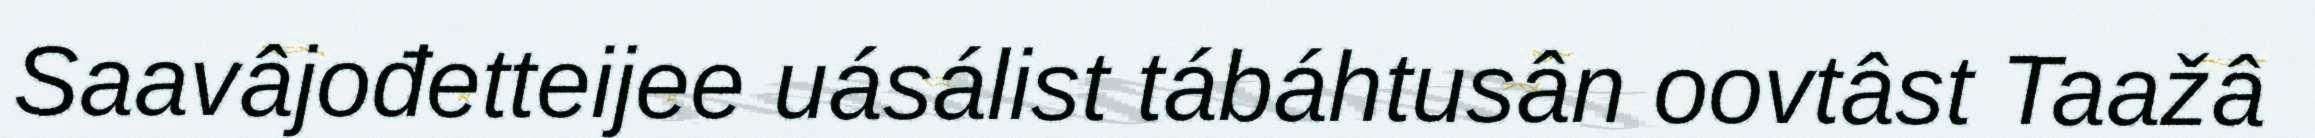
Saavâjođetteijee uásálist tábáhtusân oovtâst Taažâ